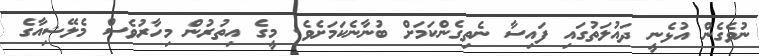
ނުވެގެން އުޅެނީ ދައުލަތުގައި ފައިސާ ނެތިގެންކަމަށް ބުނާނެކަމަށެވެ. މީގެ އިތުރުން މިހާރުވެސް މެލޭޝިއާގެ